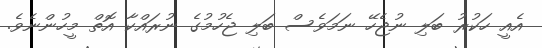
އެއީ ހަކުރު ބަލި ނުޖެހޭ ނަމަވެސް ބަލި ޖެހުމުގެ ނުރައްކާ އޮތް މީހުންނެވެ.